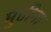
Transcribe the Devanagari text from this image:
मुत्तीना